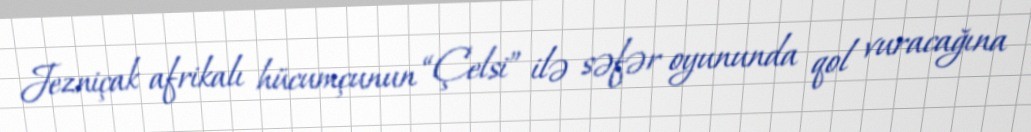
Jezniçak afrikalı hücumçunun “Çelsi” ilə səfər oyununda qol vuracağına